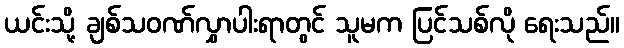
ယင်းသို့ ချစ်သဝဏ်လွှာပါးရာတွင် သူမက ပြင်သစ်လို ရေးသည်။